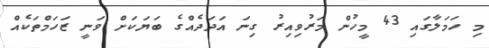
މި ހަމަލާގައި 43 މީހުން މަރުވިއިރު ގިނަ އަދަދެއްގެ ބަޔަކަށް ވަނީ ޒަހަމްތަކެއް